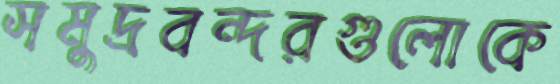
সমুদ্রবন্দরগুলোকে